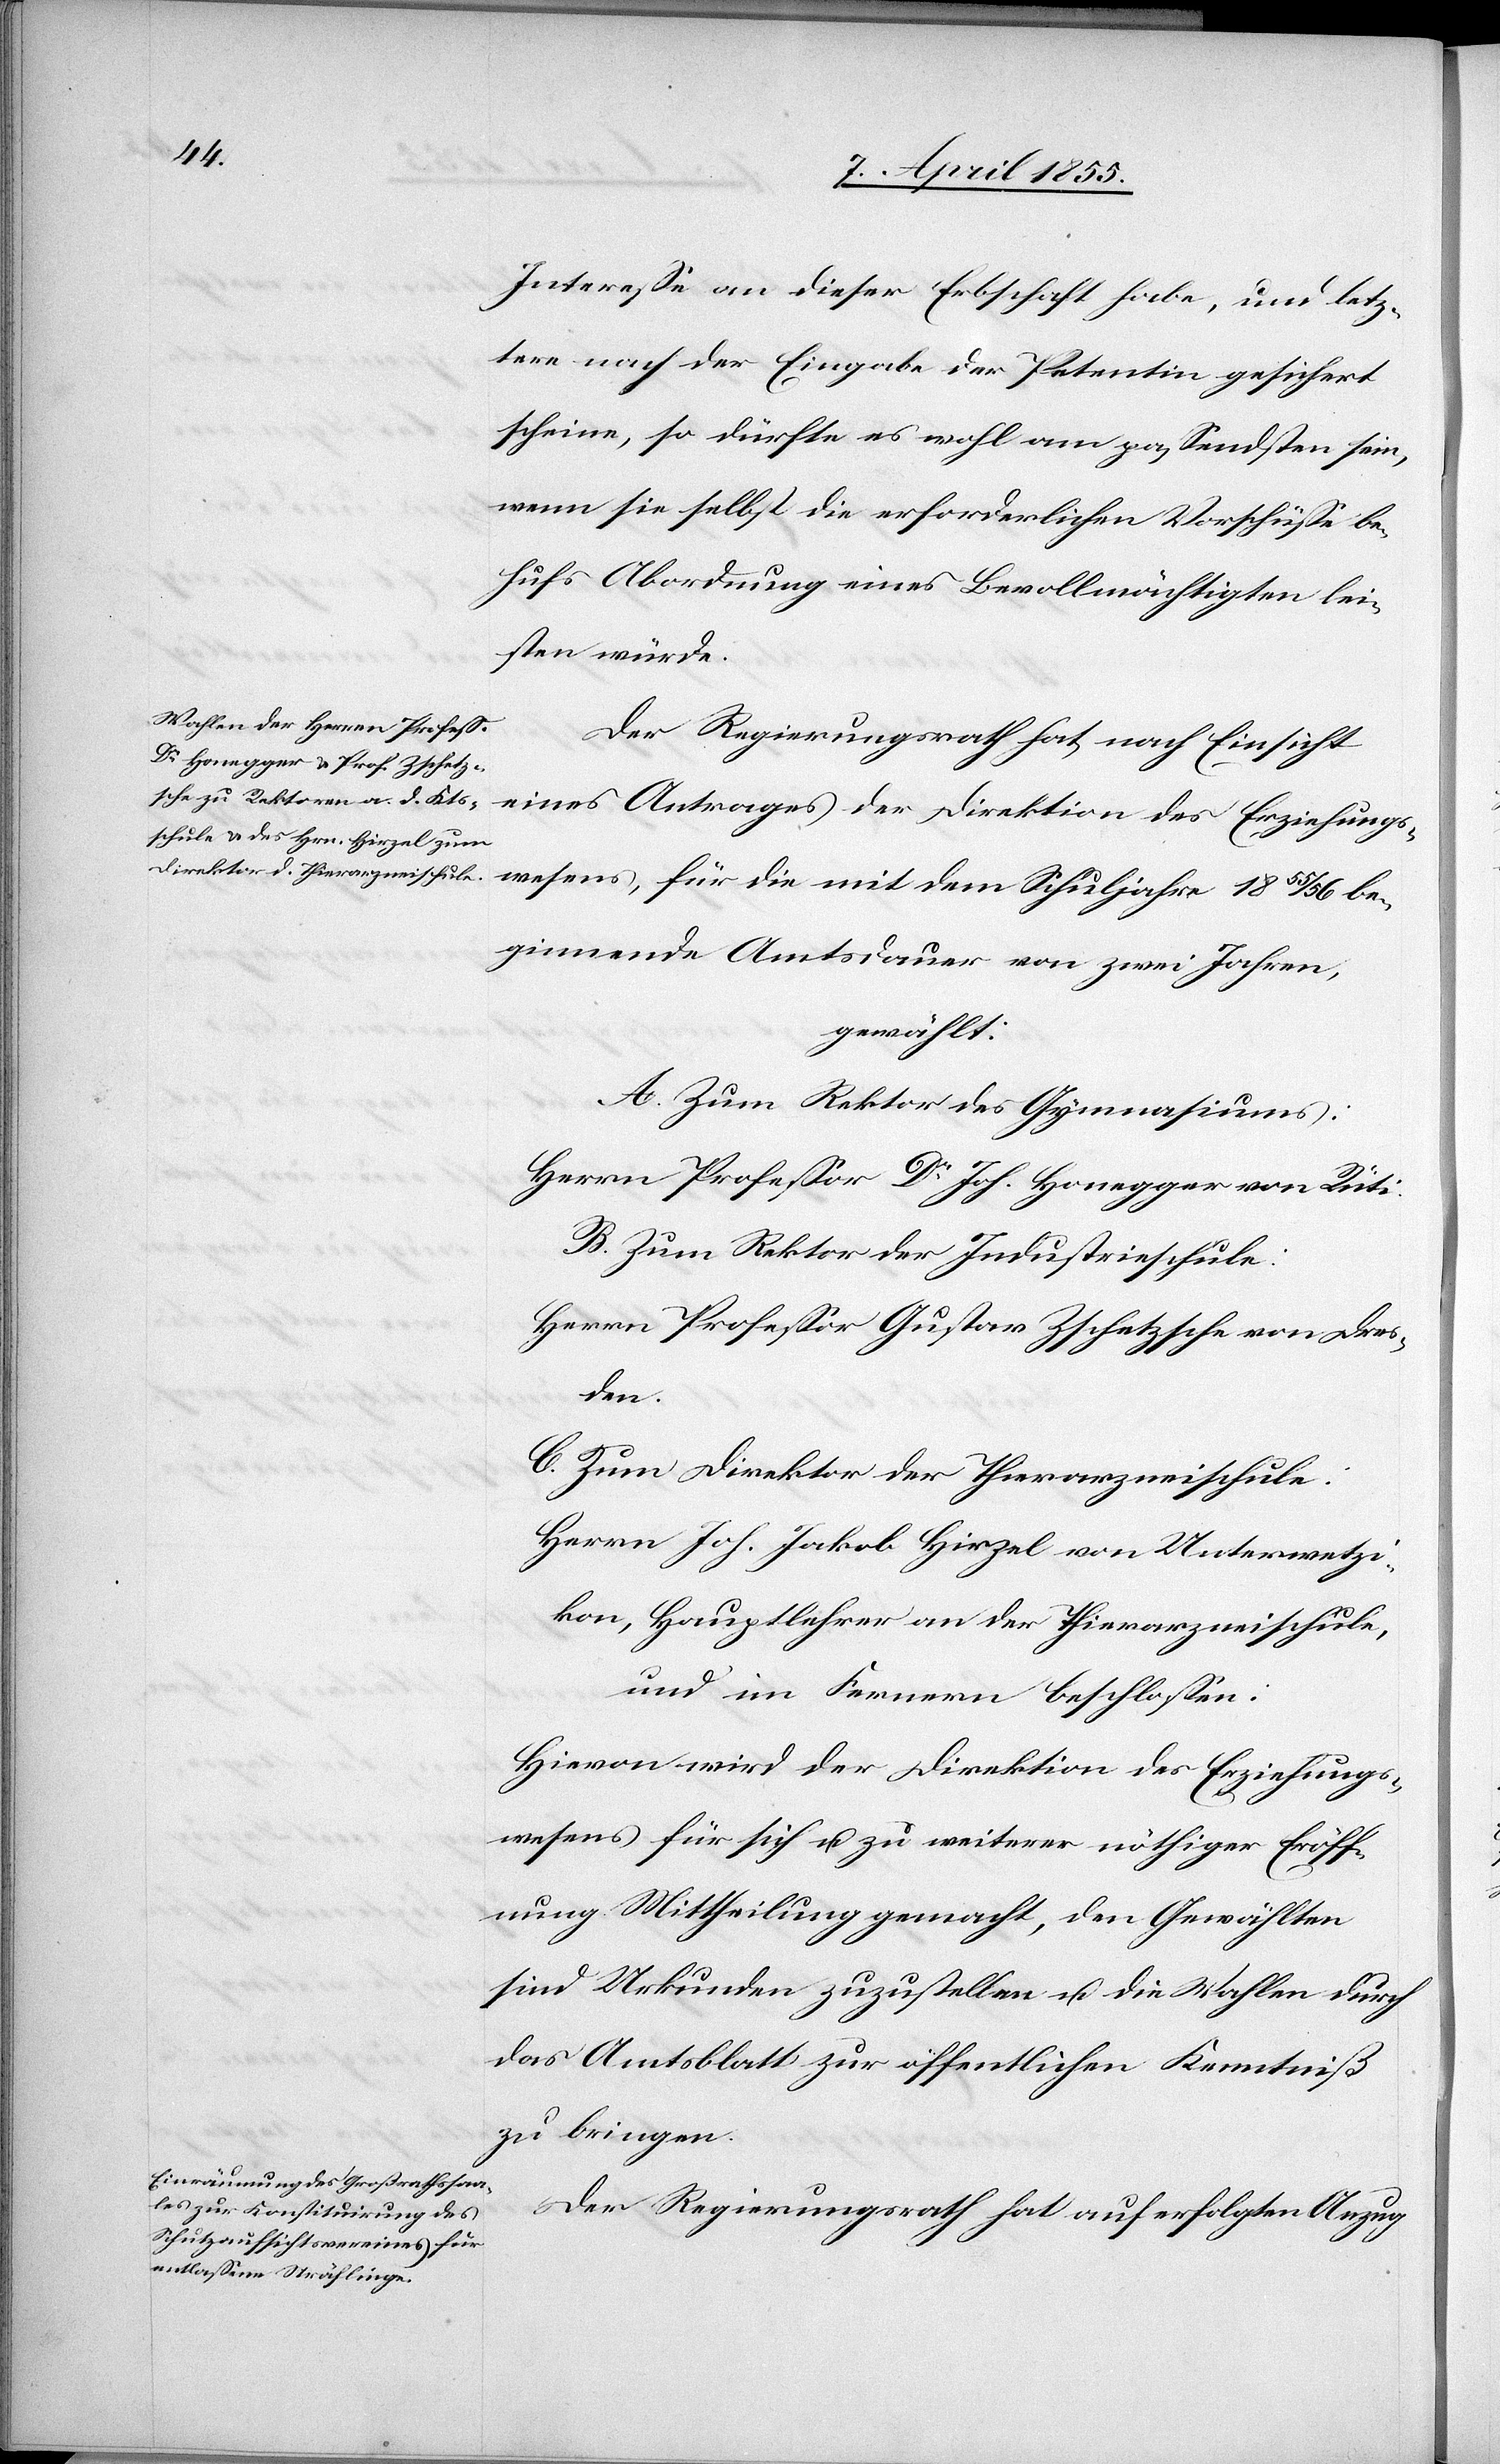
Interesse an dieser Erbschaft habe, und letz¬
tere nach der Eingabe der Petentin gesichert
scheine, so dürfte es wohl am passendsten sein,
wenn sie selbst die erforderlichen Vorschüsse be¬
hufs Abordnung eines Bevollmächtigten lei¬
sten würde.
Der Regierungsrath hat, nach Einsicht
wesens, für die mit dem Schuljahre 1855/56 be¬
ginnende Amtsdauer von zwei Jahren,
gewählt:
A. Zum Rektor des Gymnasiums:
Herrn Professor Dr. Joh. Honegger von Rüti.
B. Zum Rektor der Industrieschule:
Herrn Professor Gustav Zschetzsche von Dres¬
den.
C. Zum Direktor der Thierarzneischule.
Herrn Joh. Jakob Hirzel von Unterwetzi¬
kon, Hauptlehrer an der Thierarzneischule,
und im Fernern beschlossen:
Hievon wird der Direktion des Erziehungs¬
wesens für sich u. zu weiterer nöthiger Eröff¬
nung Mittheilung gemacht, den Gewählten
sind Urkunden zuzustellen u. die Wahlen durch
das Amtsblatt zur öffentlichen Kenntniß
zu bringen.
Der Regierungsrath hat auf erfolgten Anzug